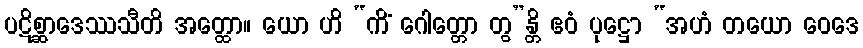
ပဋိစ္ဆာဒေဿသီတိ အတ္ထော။ ယော ဟိ “ကိံ ဂေါတ္တော တွ”န္တိ ဧဝံ ပုဋ္ဌော “အဟံ တယော ဝေဒေ